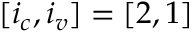
[ i _ { c } , i _ { v } ] = [ 2 , 1 ]